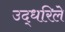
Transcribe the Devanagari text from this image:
उद्धरिले